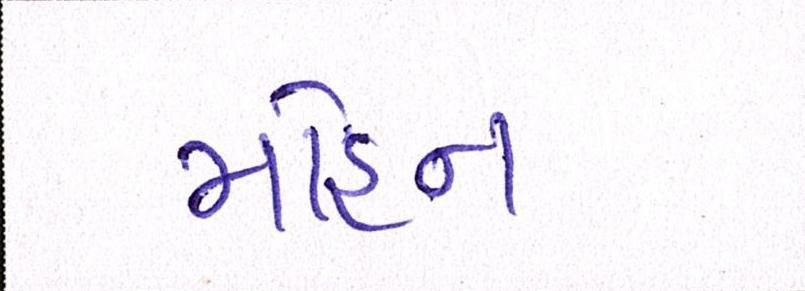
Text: મોહન